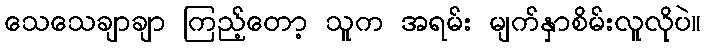
သေသေချာချာ ကြည့်တော့ သူက အရမ်း မျက်နှာစိမ်းလူလိုပဲ။